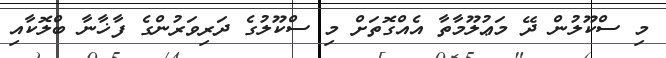
މި ސްކޫލުން ދޭ މަޢުލޫމާތާ އެއްގޮތަށް މި ސްކޫލުގެ ދަރިވަރުންގެ ފާޚާނާ ބްލޮކާއި